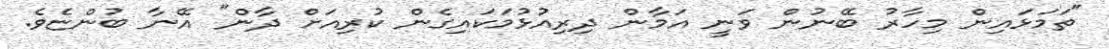
"ތަމަޅައިން މިހާރު ބޭނުން ވަނީ އަމާން ދިރިއުޅުމަކައިގެން ކުރިއަށް ދާން" އޭނާ ބުންޏެވެ.